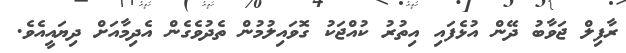
ރާފިލް ޖަވާބު ދޭން އުޅެފައި އިތުރު ކުއްޖަކު ގޮވައިލުމުން ތެދުވެގެން އެދިމާއަށް ދިޔައީއެވެ.